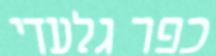
כפר גלעדי